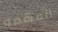
المهمه